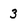
Character: 3